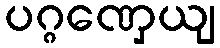
ပဂ္ဂဏှေယျ